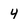
Character: 4